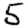
Digit: 5